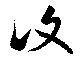
復